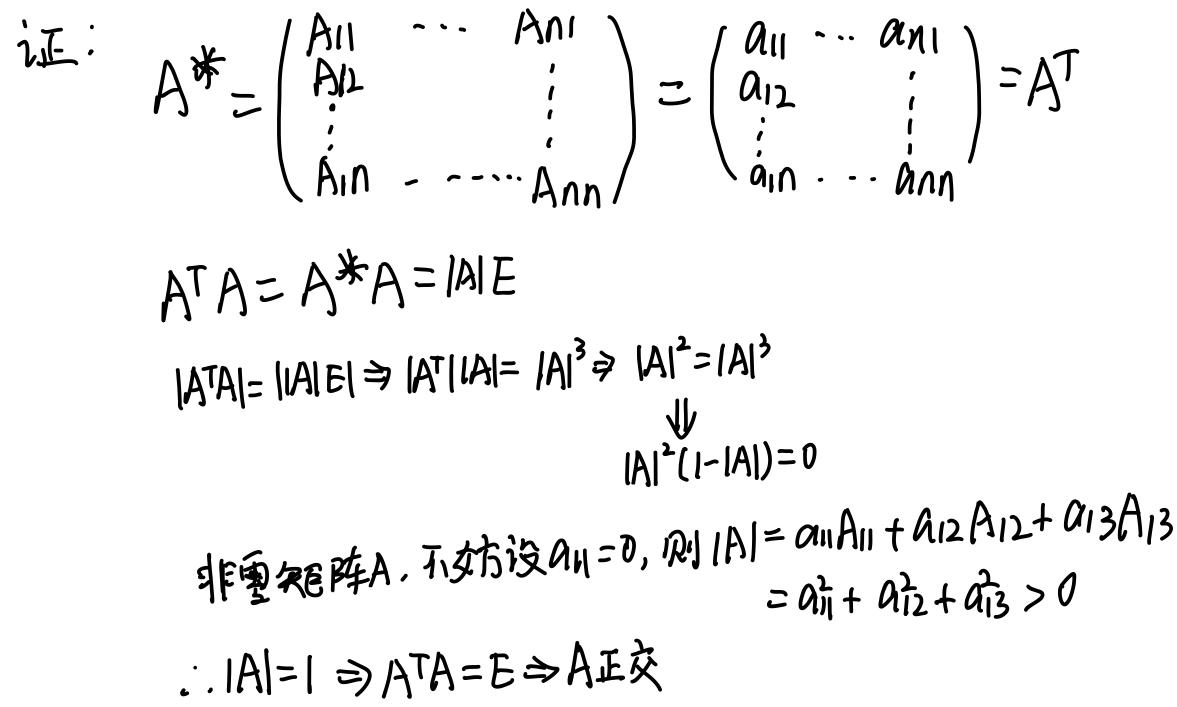
证：
\[
A^{*}=\begin{pmatrix}
A_{11}&\cdots&A_{n1}\\
A_{12}& & \vdots\\
\vdots& & \\
A_{1n}&\cdots&A_{nn}
\end{pmatrix}=\begin{pmatrix}
a_{11}&\cdots&a_{n1}\\
a_{12}& & \vdots\\
\vdots& & \\
a_{1n}&\cdots&a_{nn}
\end{pmatrix}=A^{T}
\]
\[
A^{T}A = A^{*}A=|A|E
\]
\[
|A^{T}A|=||A|E|\Rightarrow|A^{T}||A| = |A|^{3}\Rightarrow|A|^{2}=|A|^{3}
\]
\[
|A|^{2}(1 - |A|)=0
\]
非零矩阵 \( A \)，不妨设 \( a_{11}\neq0 \)，则 \( |A|=a_{11}A_{11}+a_{12}A_{12}+a_{13}A_{13}=a_{11}^{2}+a_{12}^{2}+a_{13}^{2}>0 \)
\[
\therefore|A| = 1\Rightarrow A^{T}A=E\Rightarrow A\text{ 正交}
\]